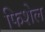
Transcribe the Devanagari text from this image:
फिशेल